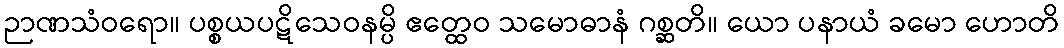
ဉာဏသံဝရော။ ပစ္စယပဋိသေဝနမ္ပိ ဧတ္ထေဝ သမောဓာနံ ဂစ္ဆတိ။ ယော ပနာယံ ခမော ဟောတိ